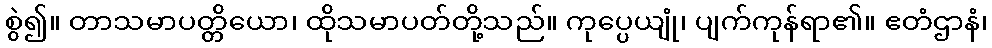
စွဲ၍။ တာသမာပတ္တိယော၊ ထိုသမာပတ်တို့သည်။ ကုပ္ပေယျုံ၊ ပျက်ကုန်ရာ၏။ ဧတံဌာနံ၊